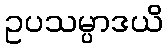
ဥပသမ္ပာဒယိ